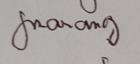
Signature authenticity: genuine